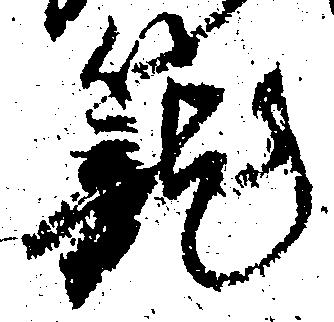
籠